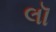
લૉ